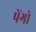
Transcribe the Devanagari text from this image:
पेंगो